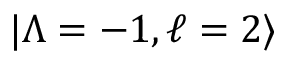
| \Lambda = - 1 , \ell = 2 \rangle